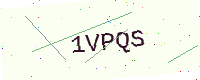
Text: 1VPQS